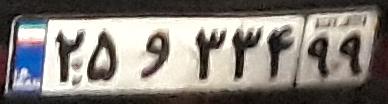
۲۵و۳۳۴۹۹